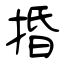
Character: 捪